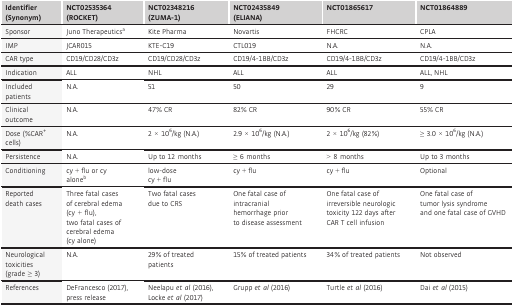
<table><thead><tr><td><b>Identifier (Synonym)</b></td><td><b>NCT02535364 (ROCKET)</b></td><td><b>NCT02348216 (ZUMA‐1)</b></td><td><b>NCT02435849 (ELIANA)</b></td><td><b>NCT01865617</b></td><td><b>NCT01864889</b></td></tr></thead><tbody><tr><td>Sponsor</td><td>Juno Therapeuticsa</td><td>Kite Pharma</td><td>Novartis</td><td>FHCRC</td><td>CPLA</td></tr><tr><td>IMP</td><td>JCAR015</td><td>KTE‐C19</td><td>CTL019</td><td>N.A.</td><td>N.A.</td></tr><tr><td>CAR type</td><td>CD19/CD28/CD3z</td><td>CD19/CD28/CD3z</td><td>CD19/4‐1BB/CD3z</td><td>CD19/4‐1BB/CD3z</td><td>CD19/4‐1BB/CD3z</td></tr><tr><td>Indication</td><td>ALL</td><td>NHL</td><td>ALL</td><td>ALL</td><td>ALL, NHL</td></tr><tr><td>Included patients</td><td>N.A.</td><td>51</td><td>50</td><td>29</td><td>9</td></tr><tr><td>Clinical outcome</td><td>N.A.</td><td>47% CR</td><td>82% CR</td><td>90% CR</td><td>55% CR</td></tr><tr><td>Dose (%CAR<sup>+</sup> cells)</td><td>N.A.</td><td>2 × 10<sup>6</sup>/kg (N.A.)</td><td>2.9 × 10<sup>6</sup>/kg (N.A.)</td><td>2 × 10<sup>6</sup>/kg (82%)</td><td>≥ 3.0 × 10<sup>6</sup>/kg (N.A.)</td></tr><tr><td>Persistence</td><td>N.A.</td><td>Up to 12 months</td><td>≥ 6 months</td><td>&gt; 8 months</td><td>Up to 3 months</td></tr><tr><td>Conditioning</td><td>cy + flu or cy aloneb</td><td>low‐dosecy + flu</td><td>cy + flu</td><td>cy + flu</td><td>Optional</td></tr><tr><td>Reported death cases</td><td>Three fatal cases of cerebral edema (cy + flu),two fatal cases of cerebral edema (cy alone)</td><td>Two fatal cases due to CRS</td><td>One fatal case of intracranial hemorrhage prior to disease assessment</td><td>One fatal case of irreversible neurologic toxicity 122 days after CAR T cell infusion</td><td>One fatal case of tumor lysis syndrome and one fatal case of GVHD</td></tr><tr><td>Neurological toxicities (grade ≥ 3)</td><td>N.A.</td><td>29% of treated patients</td><td>15% of treated patients</td><td>34% of treated patients</td><td>Not observed</td></tr><tr><td>References</td><td>DeFrancesco (2017),press release</td><td>Neelapu <i>et al</i> (2016), Locke <i>et al</i> (2017)</td><td>Grupp <i>et al</i> (2016)</td><td>Turtle <i>et al</i> (2016)</td><td>Dai <i>et al</i> (2015)</td></tr></tbody></table>